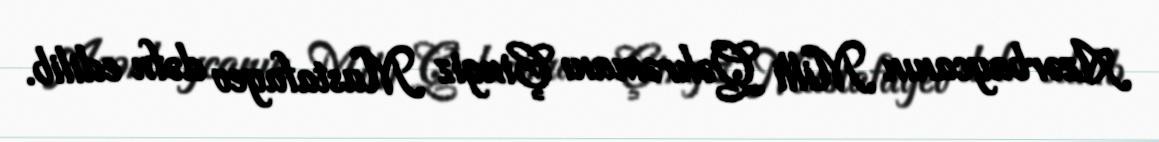
Azərbaycanın Milli Qəhrəmanı Çingiz Mustafayev dəfn edilib.